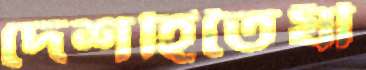
দেশহিতৈষী